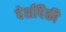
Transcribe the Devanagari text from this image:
वेशींपैकी